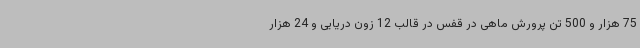
75 هزار و 500 تن پرورش ماهی در قفس در قالب 12 زون دریایی و 24 هزار